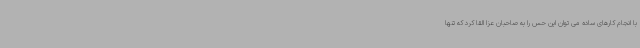
با انجام کارهای ساده می توان این حس را به صاحبان عزا القا کرد که تنها